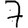
Digit: 7